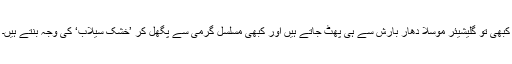
کبھی تو گلیشیئر موسلا دھار بارش سے ہی پھٹ جاتے ہیں اور کبھی مسلسل گرمی سے پگھل کر ’خشک سیلاب‘ کی وجہ بنتے ہیں۔